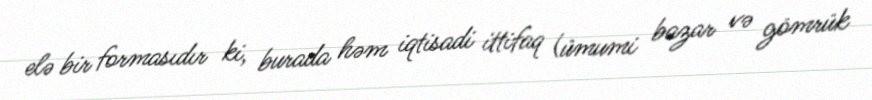
elə bir formasıdır ki, burada həm iqtisadi ittifaq (ümumi bazar və gömrük